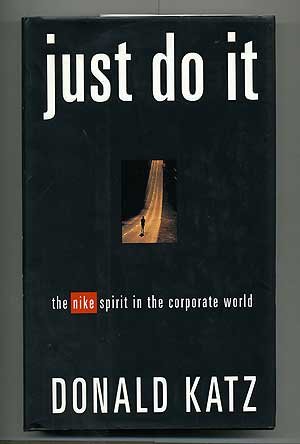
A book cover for Just Do It: The Nike Spirit in the Corporate World; Donald Katz; Business & Money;